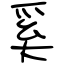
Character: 奚